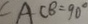
\angle A C B = 9 0 ^ { \circ }